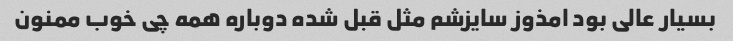
بسیار عالی بود امذوز سایزشم مثل قبل شده دوباره همه چی خوب ممنون